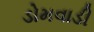
ડોમવાડી